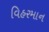
વિહરમાન